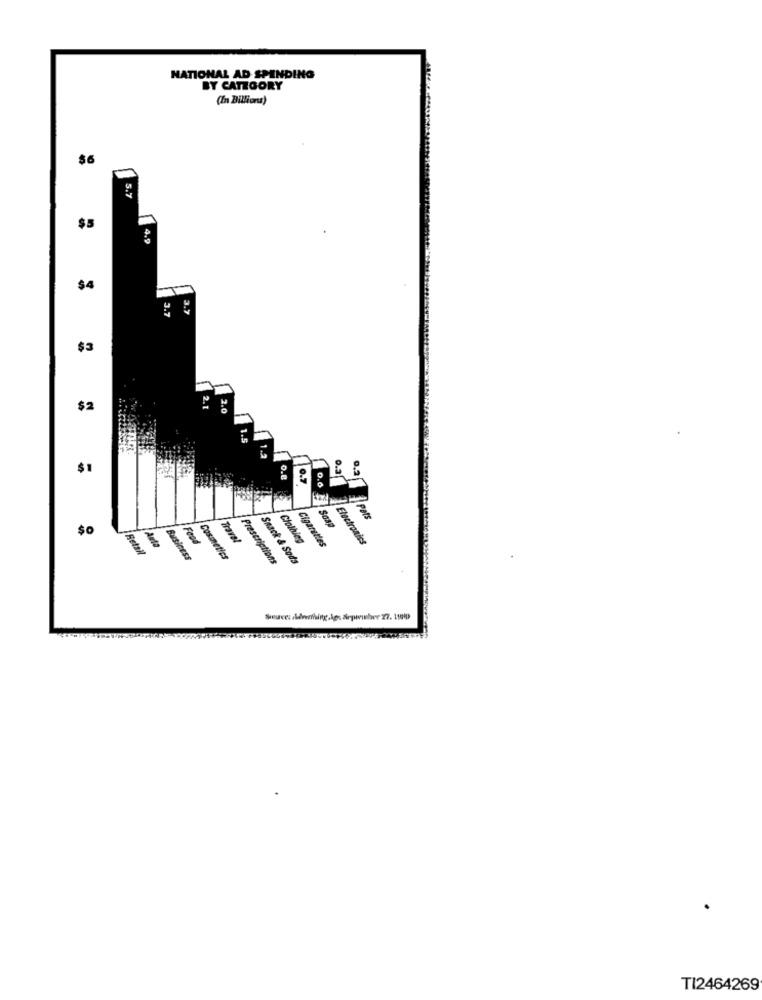
NATIONAL AD SPENDING
BY CATEGORY
(In Billions)
$6
5.7
$5
4,9
$4
3.7
3.7
$3
$2
2.1
2.0
$1
O.
0.6
Pats
$0
Food
Travel
Clothleg
Electronics
Auta
Cigarettes
Betal
Business
Cosmetics
Prescriptions
Snack & Soda
TI2464269